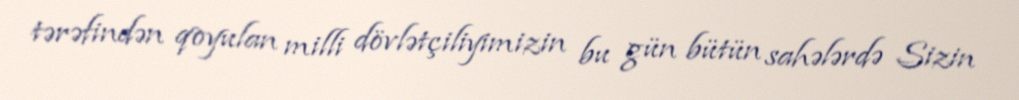
tərəfindən qoyulan milli dövlətçiliyimizin bu gün bütün sahələrdə Sizin